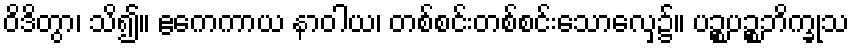
ဝိဒိတွာ၊ သိ၍။ ဧကေကာယ နာဝါယ၊ တစ်စင်းတစ်စင်းသောလှေ၌။ ပဉ္စပဉ္စဘိက္ခုသ